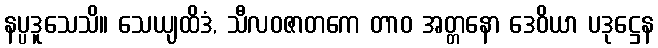
နပ္ပဒူသေသိ။ သေယျထိဒံ, သီလဝဇာတကေ တာဝ အတ္တနော ဒေဝိယာ ပဒုဋ္ဌေန